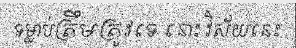
ទម្លាប់ត្រឹមត្រូវទេ នោះ វិស័យនេះ